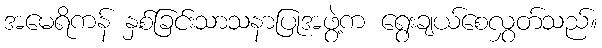
အမေရိကန် နှစ်ခြင်းသာသနာပြုအဖွဲ့က ရွေးချယ်စေလွှတ်သည်။